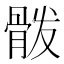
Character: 𲌍